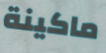
ماكينة